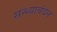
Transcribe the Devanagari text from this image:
सन्ध्यावंदन